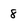
Character: 8